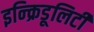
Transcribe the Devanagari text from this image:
इन्क्रिडूलिटी